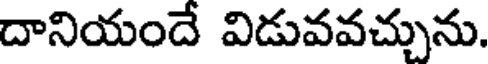
దానియందే విడువవచ్చును.